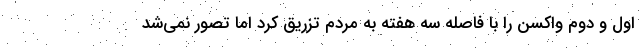
اول و دوم واکسن را با فاصله سه هفته به مردم تزریق کرد اما تصور نمی‌شد